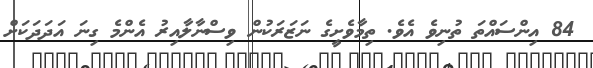
84 އިންސައްތަ ތުނިވެ އެވެ. ތިމާވެށީގެ ނަޒަރަކުން ވިސްނާލާއިރު އެންމެ ގިނަ އަދަދަކަށް